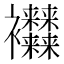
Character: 𧟜